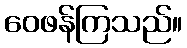
ဝေဖန်ကြသည်။